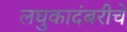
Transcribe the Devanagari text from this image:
लघुकादंबरीचे